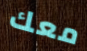
معك